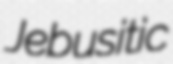
Jebusitic